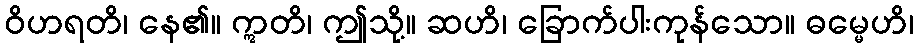
ဝိဟရတိ၊ နေ၏။ ဣတိ၊ ဤသို့။ ဆဟိ၊ ခြောက်ပါးကုန်သော။ ဓမ္မေဟိ၊